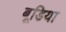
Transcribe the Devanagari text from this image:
बूडिया